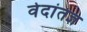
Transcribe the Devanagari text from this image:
वेदांतज्ञ